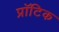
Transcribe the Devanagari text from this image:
प्रॉटिक